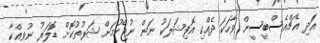
އަދި އެޗްއެސްބީސީން ވާހަކަ ދެއްކި އޮފިޝަލަކު ނަން ނުޖެހުމަށް ޝަރުތުކޮށް ޑޮލަރު ނުވިއްކާ